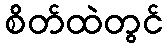
စိတ်ထဲတွင်